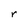
Character: r